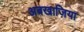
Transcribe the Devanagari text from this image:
अबखाज़िया